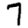
Digit: 7